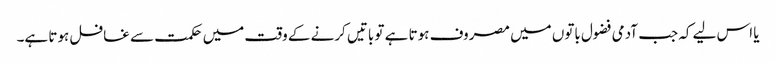
یا اس لیے کہ جب آدمی فضول باتوں میں مصروف ہوتا ہے تو باتیں کرنے کے وقت میں حکمت سے غافل ہوتا ہے۔